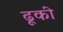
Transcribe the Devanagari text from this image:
ढूकी